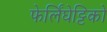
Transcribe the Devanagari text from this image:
फेर्लिंघेट्टिको